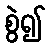
စွဲ၍